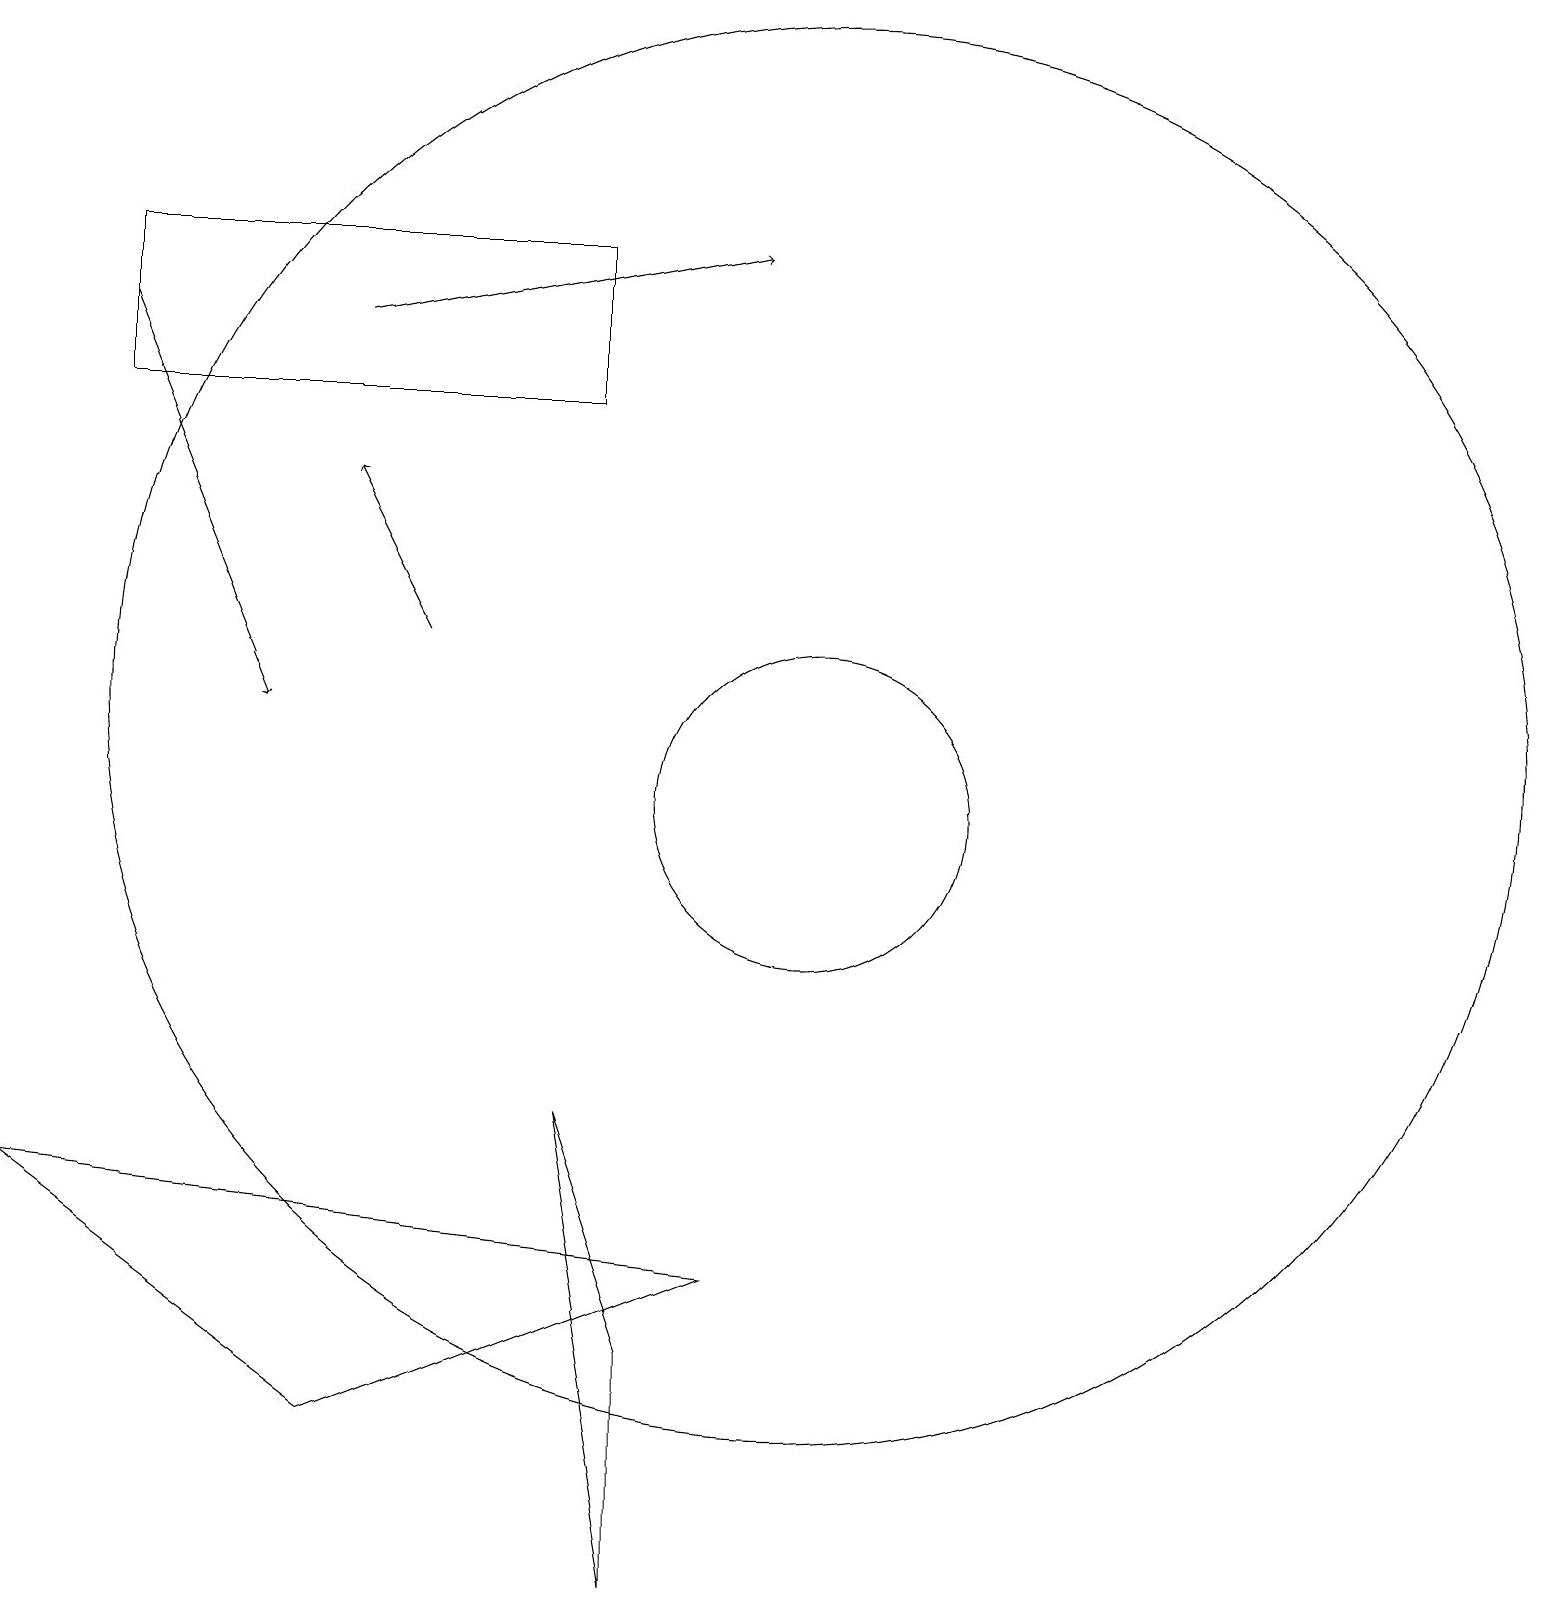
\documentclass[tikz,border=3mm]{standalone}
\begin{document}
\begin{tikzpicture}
\draw[->] (5,12) -- (4,14);
\draw (10,10) circle (2);
\draw (10,11) circle (9);
\draw[->] (4,16) -- (9,17);
\draw (7,17) rectangle (1,15);
\draw (8,0) -- (7,6) -- (8,3) -- cycle;
\draw (0,5) -- (9,4) -- (4,2) -- cycle;
\draw[->] (1,16) -- (3,11);
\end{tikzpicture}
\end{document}